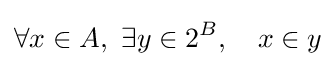
\forall x\in A,\ \exists y\in 2^{B},\quad x\in y